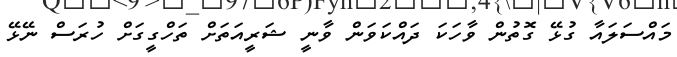
މައްސަލައާ ގުޅޭ ގޮތުން ވާހަކަ ދައްކަވަން ވާނީ ޝަރީއަތަށް ތަހްގީގަށް ހުރަސް ނޭޅޭ